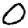
Digit: 0